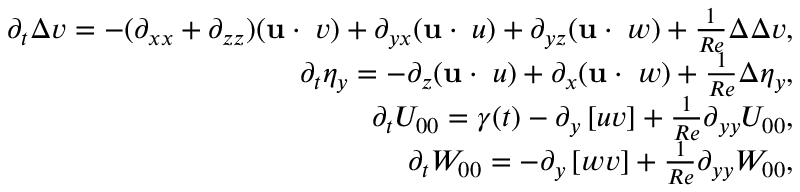
\begin{array} { r } { \partial _ { t } \Delta v = - ( \partial _ { x x } + \partial _ { z z } ) ( \mathbf { u } \cdot \mathbf { \nabla } v ) + \partial _ { y x } ( \mathbf { u } \cdot \mathbf { \nabla } u ) + \partial _ { y z } ( \mathbf { u } \cdot \mathbf { \nabla } w ) + \frac { 1 } { R e } \Delta \Delta v , } \\ { \partial _ { t } \eta _ { y } = - \partial _ { z } ( \mathbf { u } \cdot \mathbf { \nabla } u ) + \partial _ { x } ( \mathbf { u } \cdot \mathbf { \nabla } w ) + \frac { 1 } { R e } \Delta \eta _ { y } , } \\ { \partial _ { t } U _ { 0 0 } = \gamma ( t ) - \partial _ { y } \left[ u v \right] + \frac { 1 } { R e } \partial _ { y y } U _ { 0 0 } , } \\ { \partial _ { t } W _ { 0 0 } = - \partial _ { y } \left[ w v \right] + \frac { 1 } { R e } \partial _ { y y } W _ { 0 0 } , } \end{array}